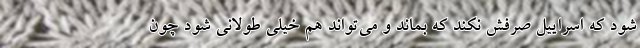
شود که اسراییل صرفش نکند که بماند و می‌تواند هم خیلی طولانی شود چون